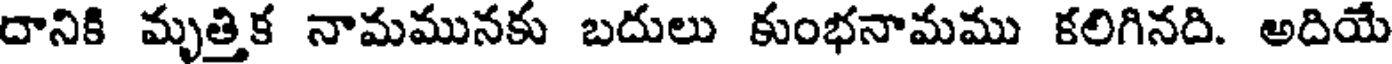
దానికి మృత్తిక నామమునకు బదులు కుంభనామము కలిగినది. అదియే